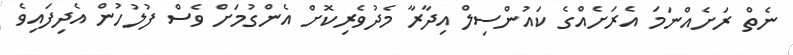
ނެތް ރަށެއްނަމަ އެރަށެއްގެ ކައުންސިލް އިދާރާ މެދުވެރިކޮށް އެންގުމަށް ވެސް ފުލުހުން އެދިފައިވެ